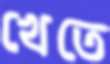
খেতে